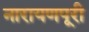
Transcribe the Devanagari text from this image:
नारायणपूरी